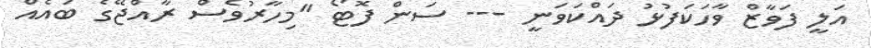
އަލީ ފަވާޒް ވާހަކަފުޅު ދައްކަވަނީ --- ސަން ފޮޓޯ "މިހާރުވެސް ރާއްޖޭގެ ބައެއް